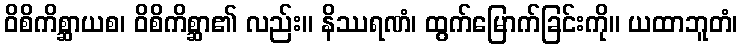
ဝိစိကိစ္ဆာယစ၊ ဝိစိကိစ္ဆာ၏ လည်း။ နိဿရဏံ၊ ထွက်မြောက်ခြင်းကို။ ယထာဘူတံ၊